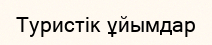
Туристік ұйымдар